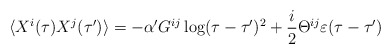
\begin{align*}\langle X^i(\tau) X^j(\tau ') \rangle =- \alpha ' G^{ij} \log (\tau - \tau ' )^2 + {i\over 2}\Theta^{ij} \varepsilon (\tau - \tau ')\end{align*}